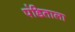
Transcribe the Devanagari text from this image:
पंडिताला